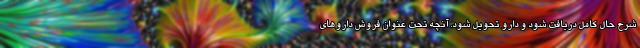
شرح حال کامل دریافت شود و دارو تحویل شود. آنچه تحت عنوان فروش داروهای